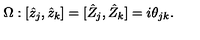
\Omega : [ \hat { z } _ { j } , \hat { z } _ { k } ] = [ \hat { Z } _ { j } , \hat { Z } _ { k } ] = i \theta _ { j k } .